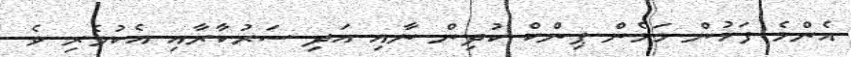
އެންމެ ފަހުން މަމެން ޕިންކް ކުދިން ނާއި އަދި ސަރުކާރާއި އެކުވެރި ވެ